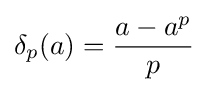
\delta _{p}(a)={\frac {a-a^{p}}{p}}